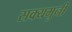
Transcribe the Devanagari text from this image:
सक्यमुनी